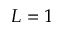
L = 1